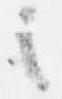
之